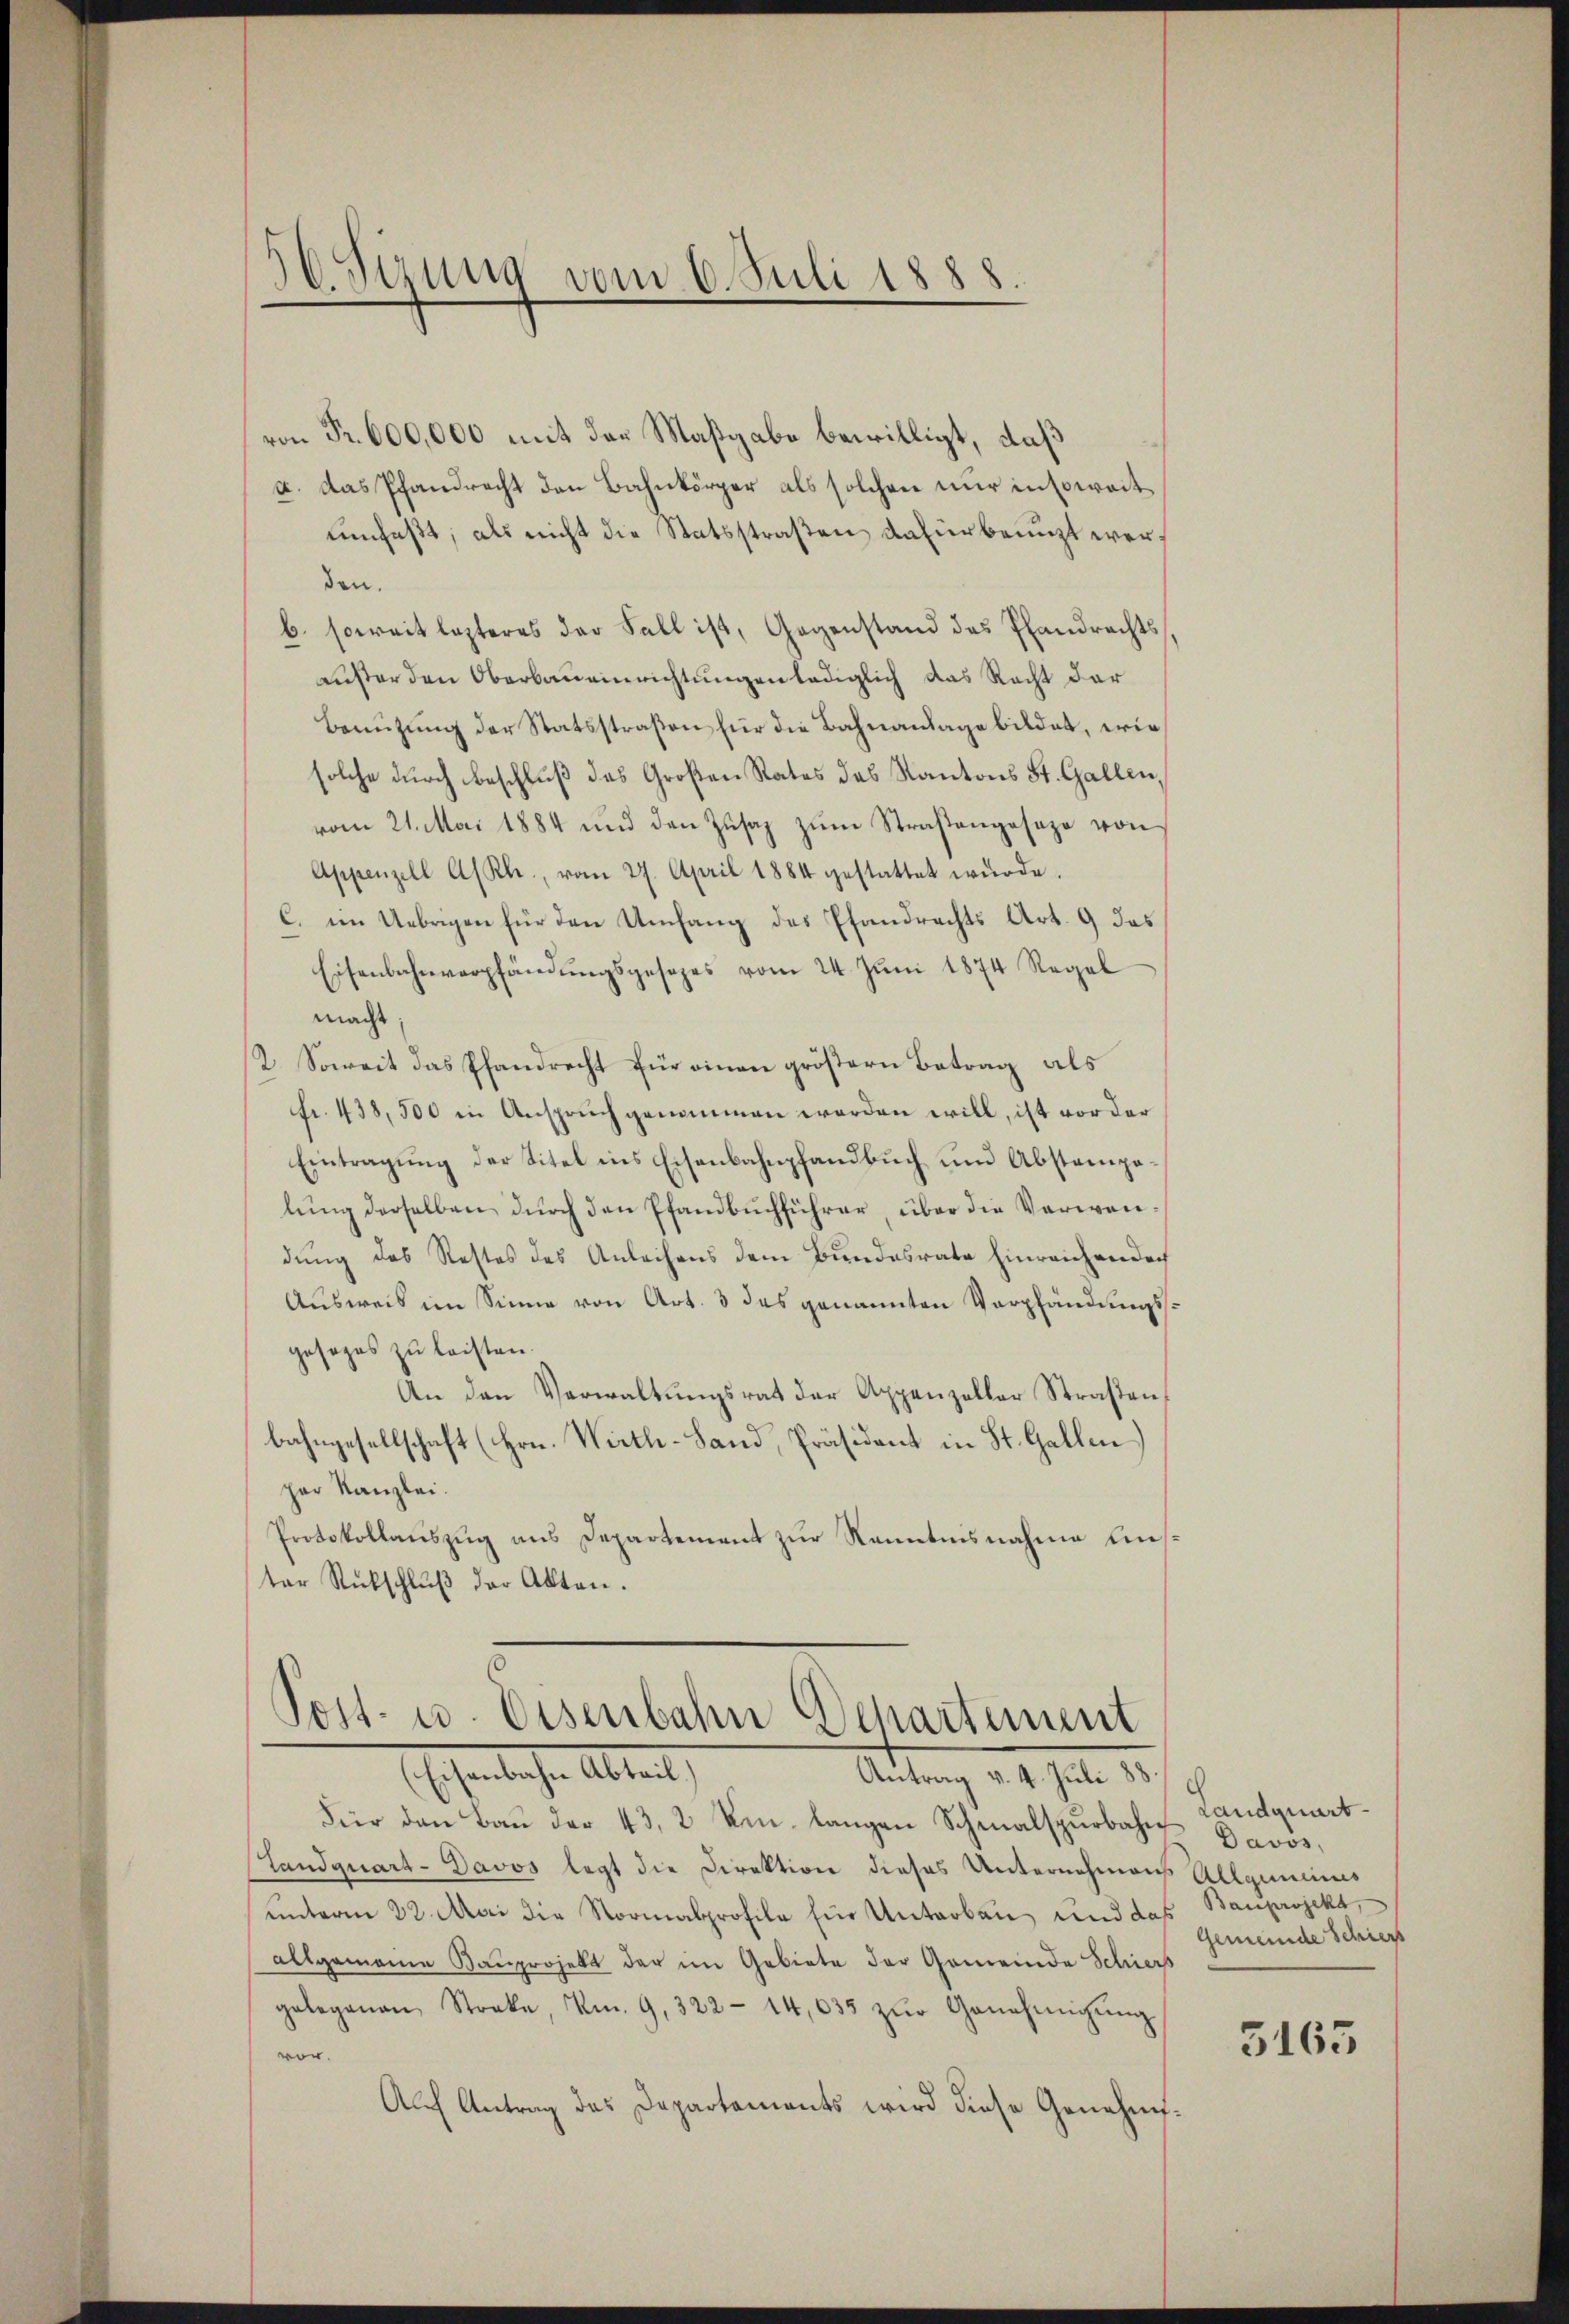
6. Sirung vom 6. Juli 1888.

von Fr. 600,000 mit der Maßgabe bewilligt, daß
a. Das Pfandrecht den Bahnkörper als solchen nur insoweitumfaßt, als nicht die Statsstraßen dafür benuzt werden.
b. soweit lezteres der Fall ist, Gegenstand des Pfandrechtsäuser den Oberbaueinrichtungen lediglich das Recht der
Benützung der Statsstraßen für die Bahnanlage bildet, wie
solche durch beschluß das Großen Rates das Kantons St. Gallen,
vom 21. Mai 1884 und den Zŭsaz zŭm Straßengeseze von
Appenzell A/Rh., vom 27. April 1884 gestattet würde.
C. im Uebrigen für den Umfang des Pfandrechts Art. 9 das
Eisenbahnverpfändŭngsgesezes vom 24. Jŭni 1874 Regel
macht
2. Soweit das Pfandrecht für einen größern Betrag als
Fr. 438,500 in Anspruch genommen werden will, ist vor der
Eintragung der Titel ins Eisenbahnpfandbuch um Abstampelung derselben durch den Pfandbuchführer, über die Verwendung des Restes des Anleihens dem Bundesrate Einreichen doch
Ausweis im Sinne von Art. 3 des genannten Verpfändungsgesezes zu leisten.
An den Verwaltŭngsrat der Appenzellar Straßenbahngesellschaft (Hrn. Wirth-Land, Präsident in St. Gallen)
per Kanzlei.
Protokollauszug aus Departement zur Kenntnisnahme auster Rückschlŭβ der Akten.

Post- u. Eisenbahn Departement
Eschenbache Abteilt

Antrag v. 4. Juli 188
Für den Bau der 43, 2 Kr. langen Schmalspurbahn
Standquarz-Davos legt die Direktion dieses Unternehmens
unterm 22. Mai die Normalprofile für Unterbau und das Bauprojekt
allgemeine Bauprojekt der im Gebiete der Gemeinde Schiers
gelegenen Streke, m. 9. 322 - 14,035 zŭr Genehmigŭng
vor.
Auf Antrag des Departaments wird diese Genehm¬

Landquart
Davos,
Allgemeines
Gemeinde Schier

5163